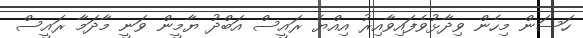
ހަސަން މިހެން ވިދާޅުވެފައިވާއިރު އިއްޔެ ރައީސް އަބްދު ޔާމީން ވަނީ މާދަމާ ރައީސް